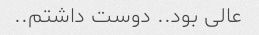
عالی بود.. دوست داشتم..